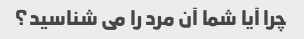
چرا آیا شما آن مرد را می شناسید؟